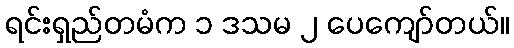
ရင်းရှည်တမံက ၁ ဒသမ ၂ ပေကျော်တယ်။